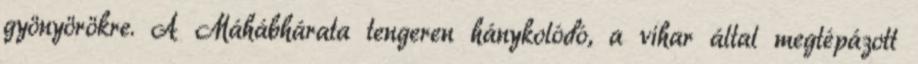
gyönyörökre. A Máhábhárata tengeren hánykolódó, a vihar által megtépázott